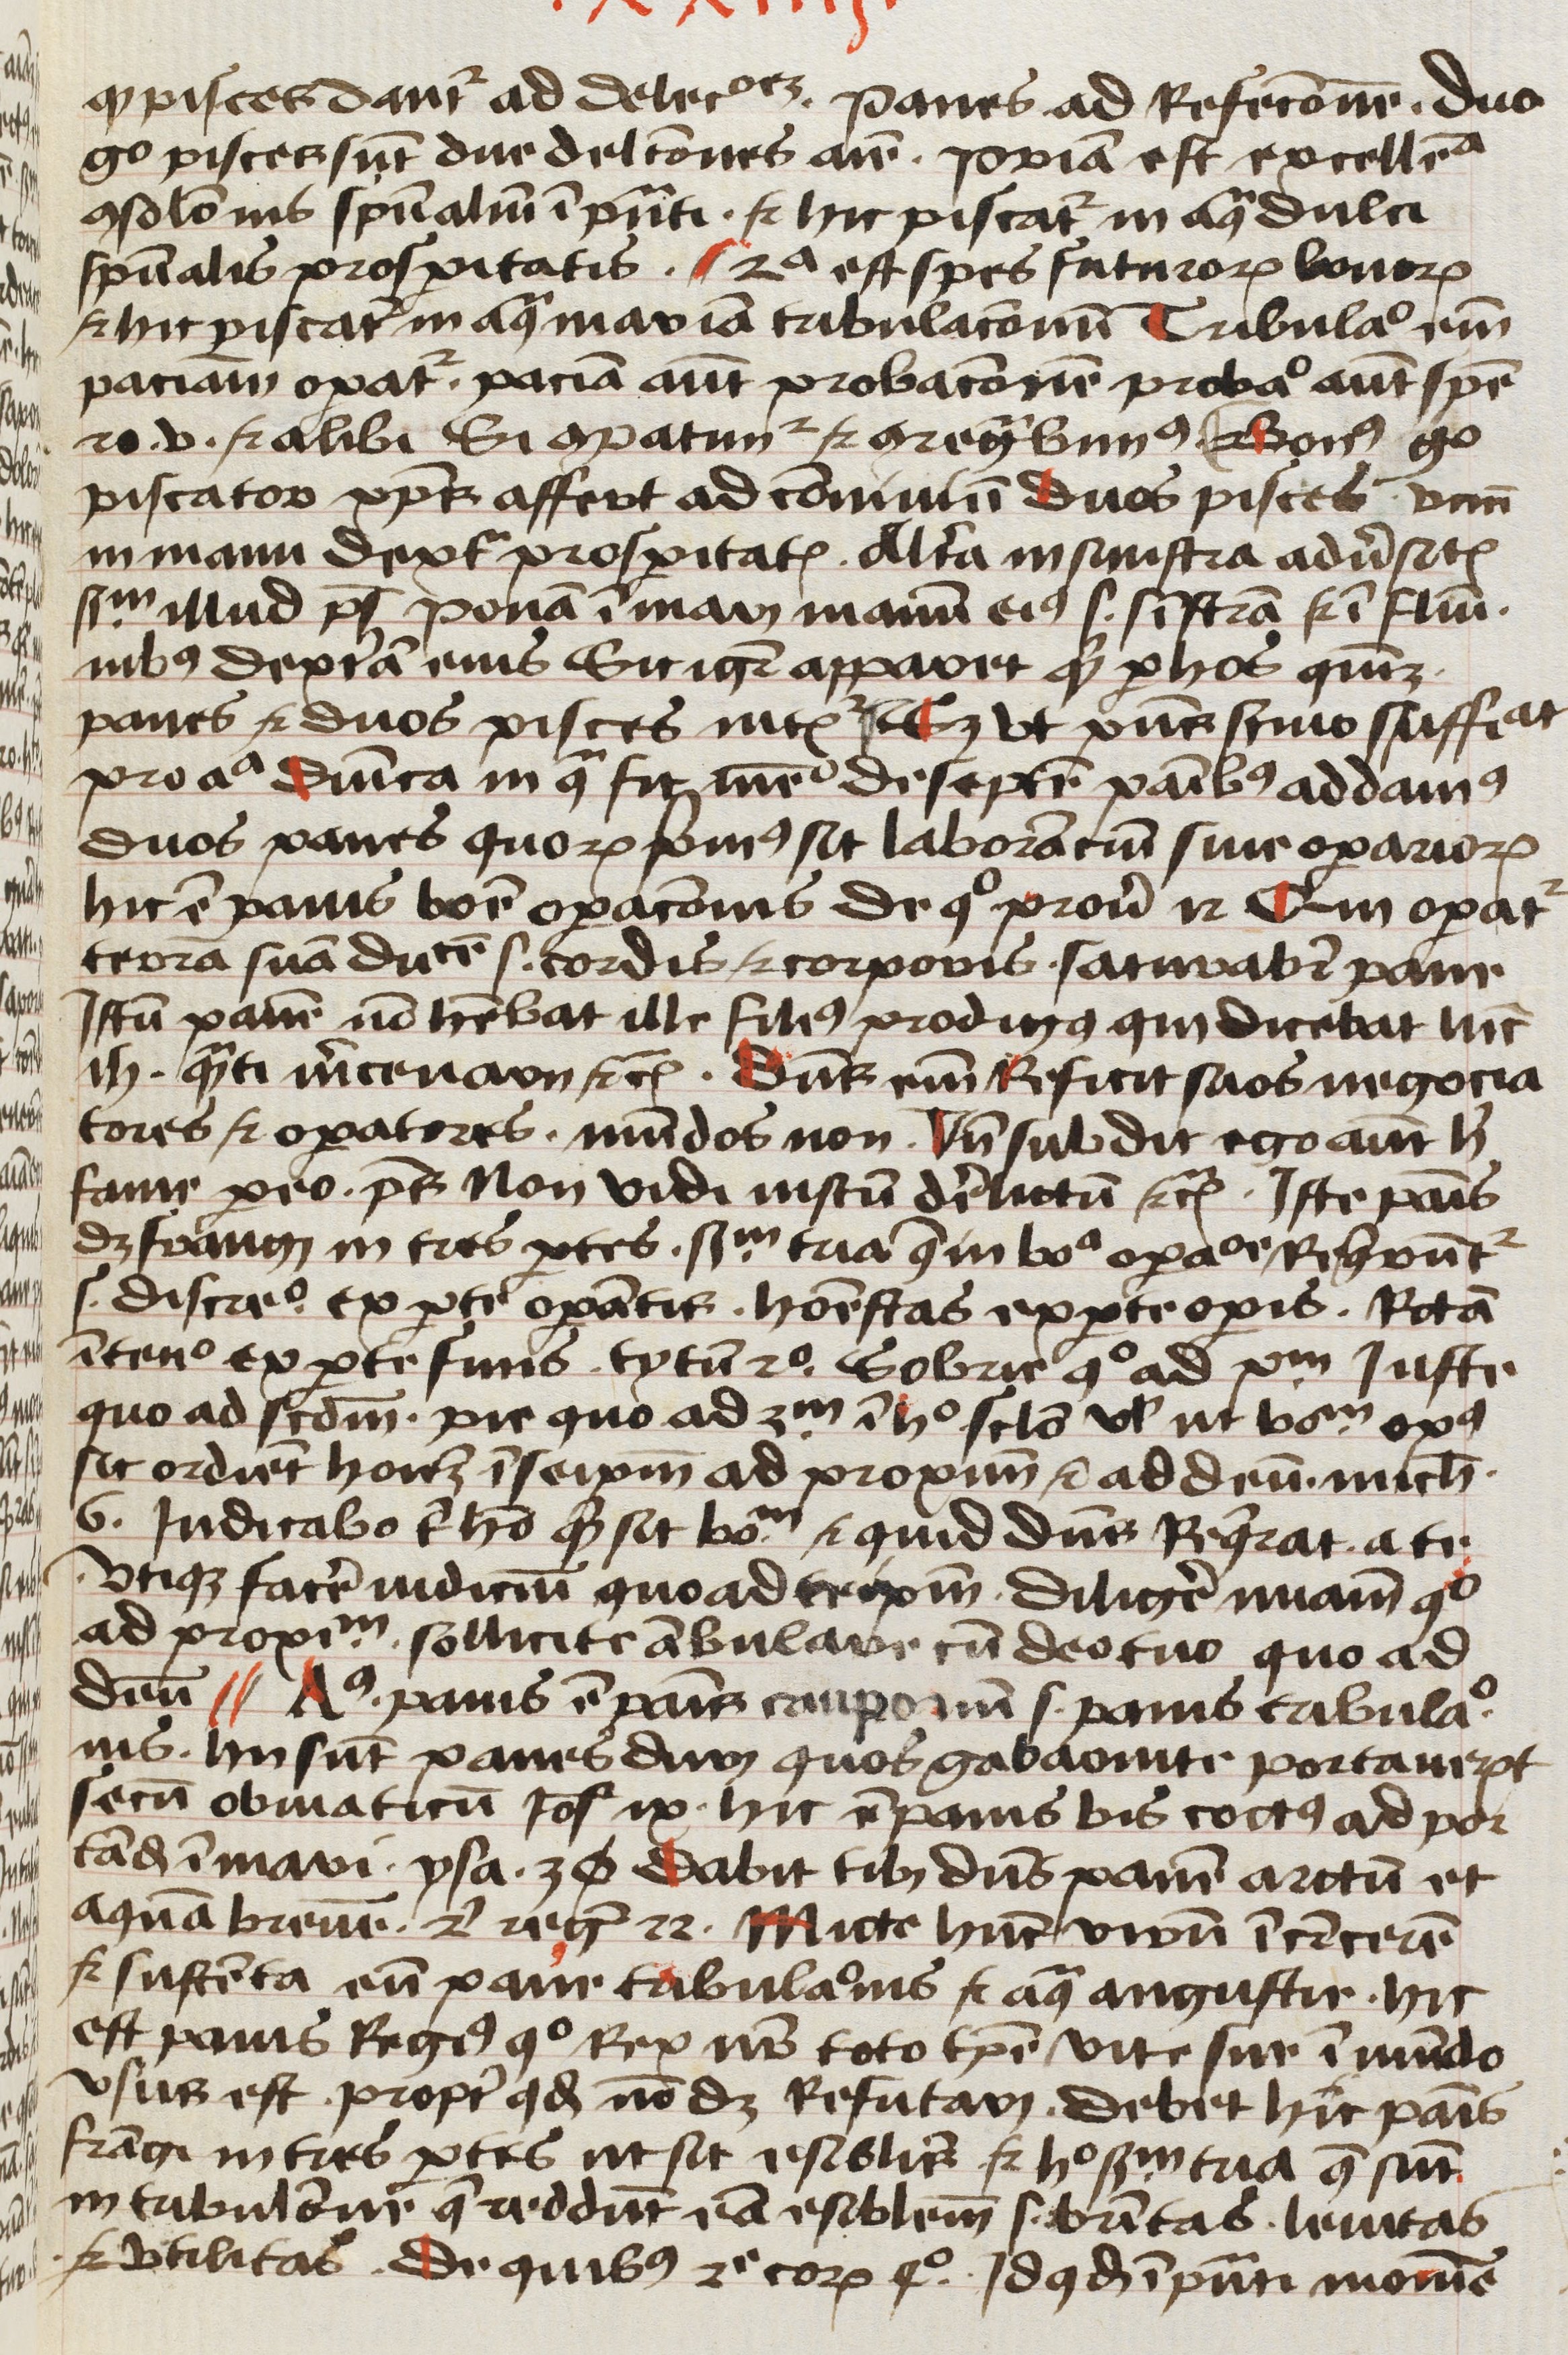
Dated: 1450–1499